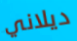
ديلاني